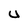
Character: U